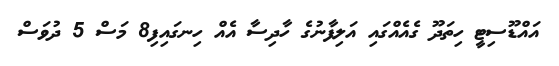
އައްޑޫސިޓީ ހިތަދޫ ގެއެއްގައި އަލިފާނުގެ ހާދިސާ އެއް ހިނގައިފި8 މަސް 5 ދުވަސް